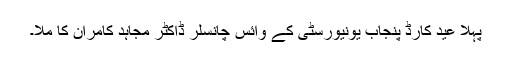
پہلا عید کارڈ پنجاب یونیورسٹی کے وائس چانسلر ڈاکٹر مجاہد کامران کا ملا۔